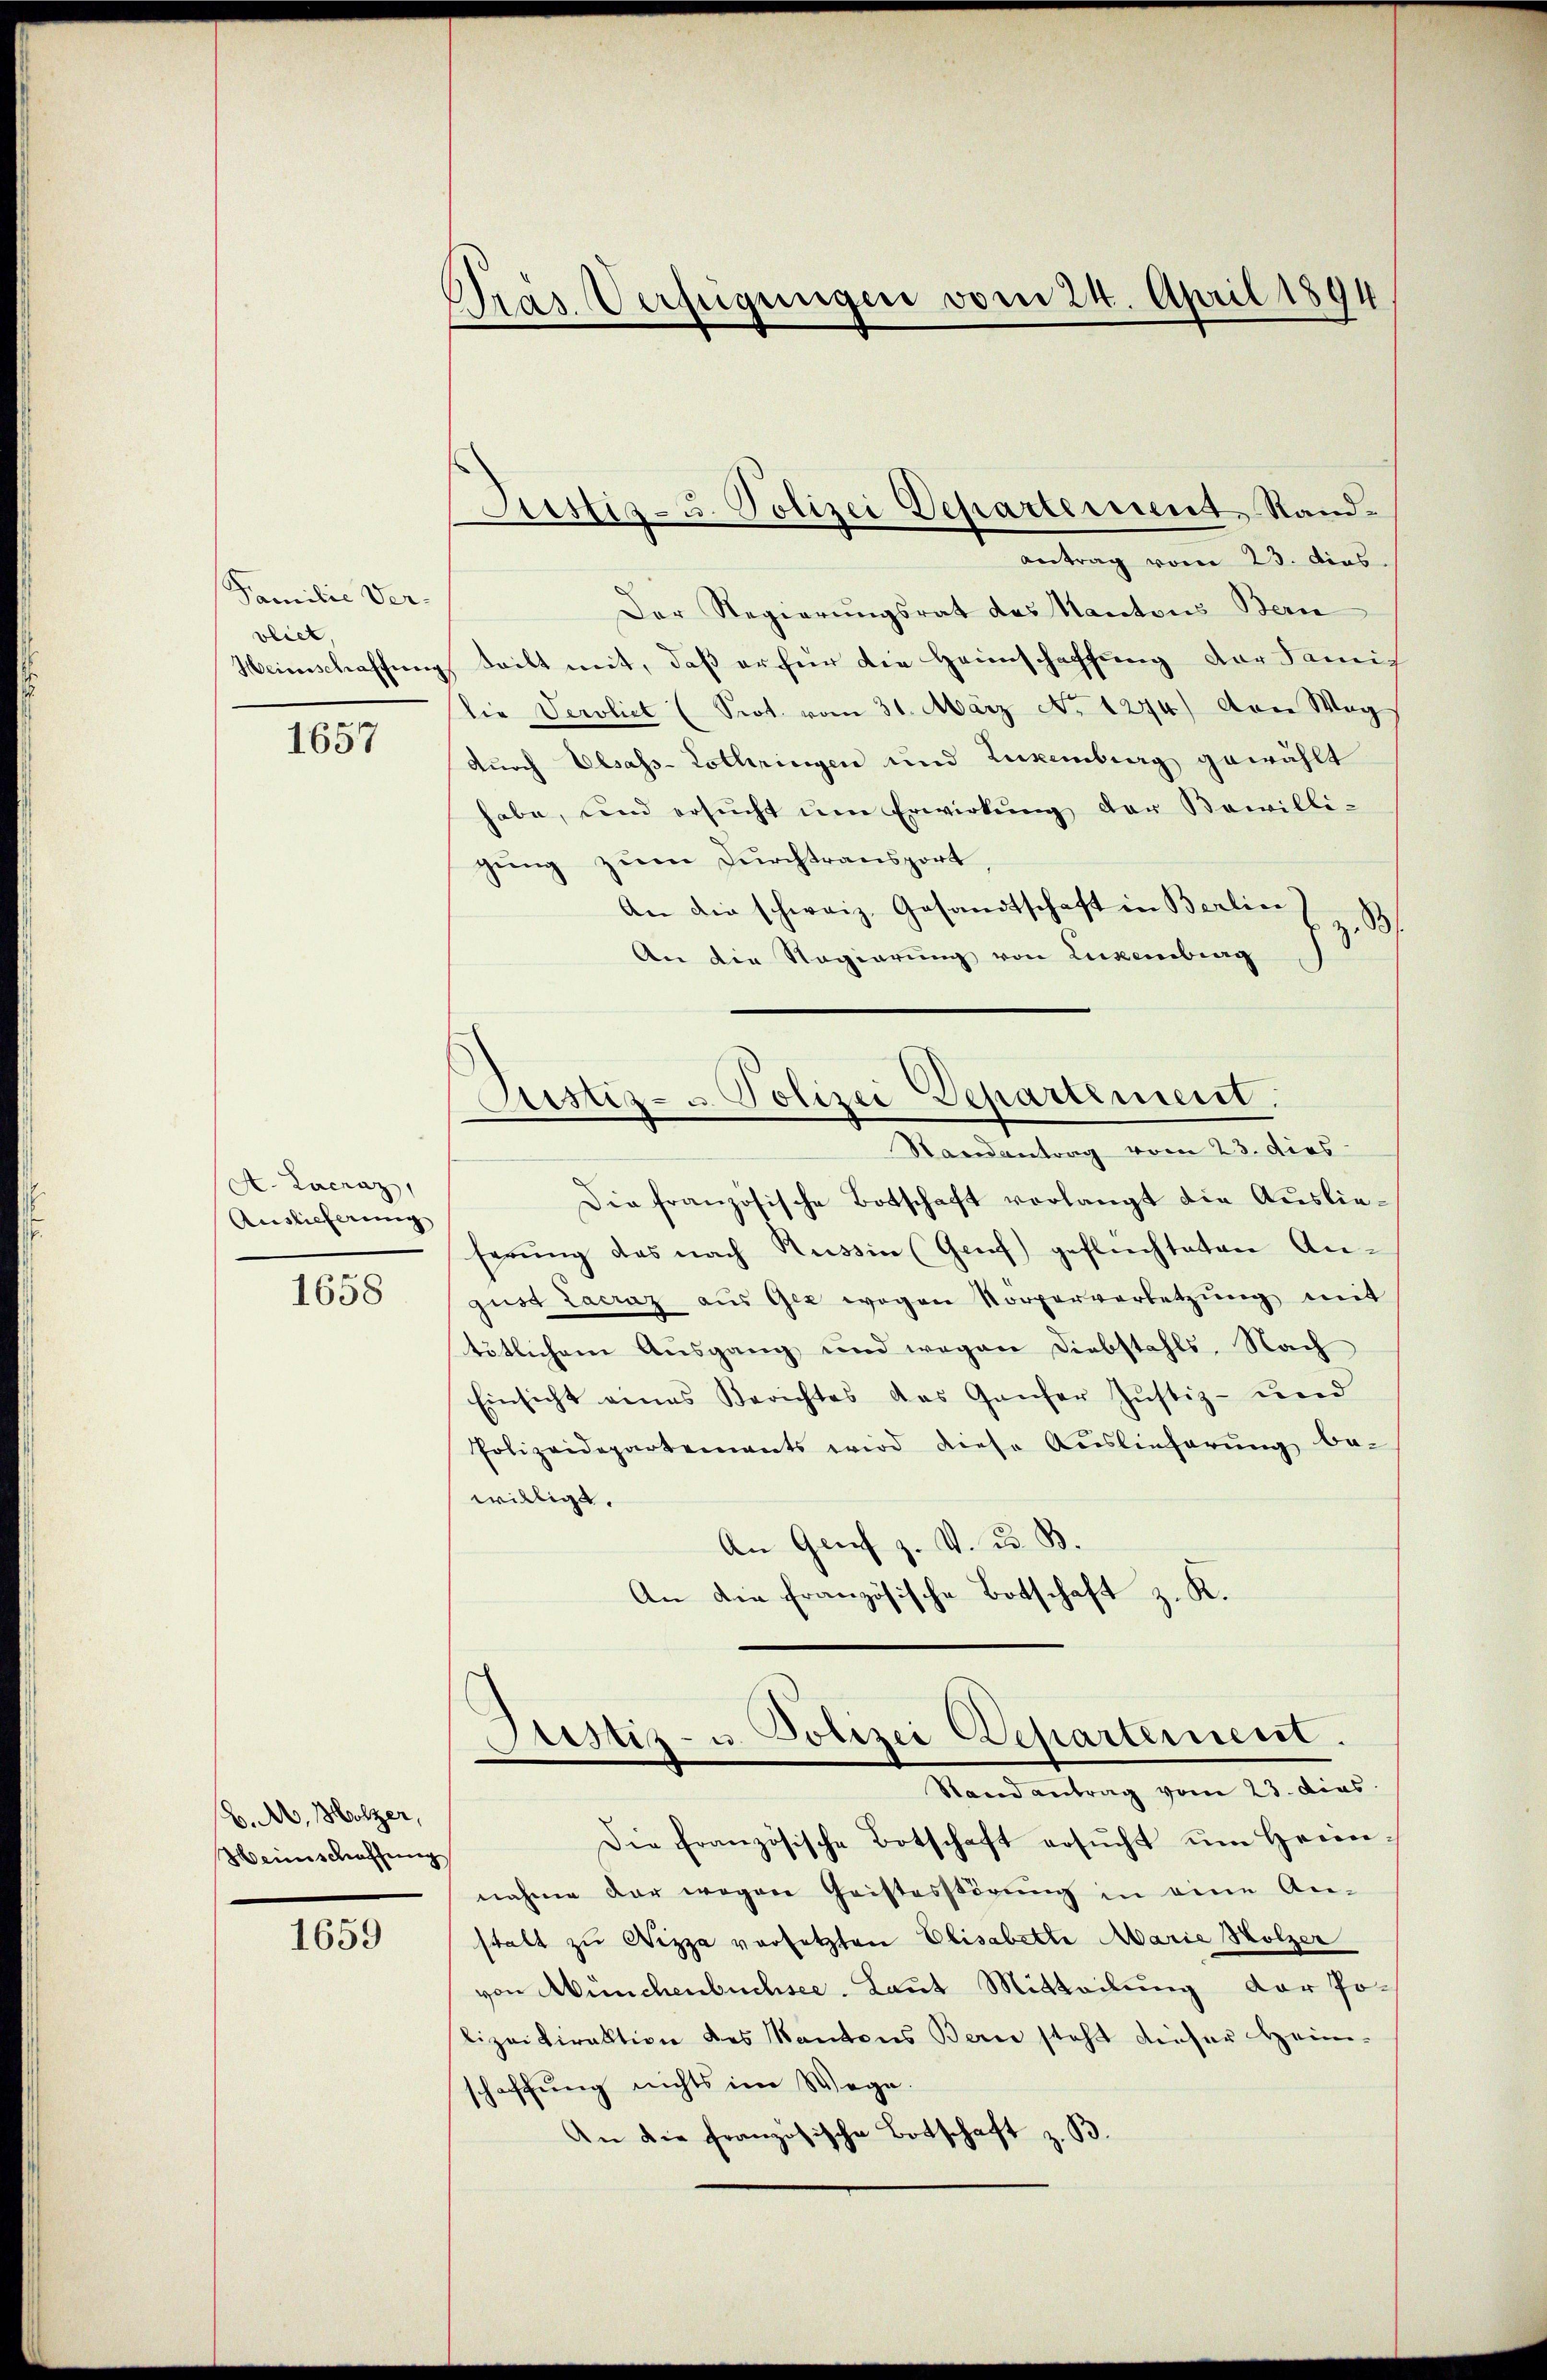
Familie Ver-
vliet,
Weinschaffen

1657

A. Lacraz,
Auslieferung

1658

(B. A. Bolzer,
Hennschaffung

1659

Pras Verfügungen vom 24. April 1894

antrag vom 23. dies
Der Regierungsrat das Kantons Bern
teilt mit, daß er für die Heimschaffung der Sanit
die Verbliet (Sot. vom 31. März No 1274) Aber Wag
durch Elsass-Lothringen und Luxenberg gewählt
habe, und ersŭcht ŭm Erwirkŭng der Bewilli-
gung zum Durchtransport,
An die schweiz. Gesandtschaft in Berlin
An die Regierung von Luzemberg
Astiz- u Polizei Departement.
Randantrag vom 23. dies
Die französische Botschaft verlangt die Auslieserung das nach Russin (Genf geflichteten Angust Lacraz aus Gee wegen Vorperverletzung mit
tötlichen Ausgang und wegen Diebstahls, Nach
Einsicht eines Berichtes das Ganzer Justiz- und
Polizeidepartements wird diese Auslieferŭng be-
willigt.
An Griech z. V. u. B.
An die französische Botschaft z. K.

Justiz- u. Polizei Departement Stand¬

Die französische Botschaft ersŭcht ŭm Herrn
nahme der wegen Geistesstörŭng in eine An-
stalt zu Wizza versetzten Elisabette Marie Holzer
von Münchenbuchsee. Laut Mitteilung der Polizeidirektion des Kantons Bern steht dieser Heim-
haffung nichts im Wege
An die französische Botschaft z. B.

Justiz- u. Polizei Departement.
Rand antrag vom 23. dies